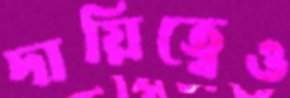
দায়িত্বেও